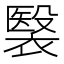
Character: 𧜤